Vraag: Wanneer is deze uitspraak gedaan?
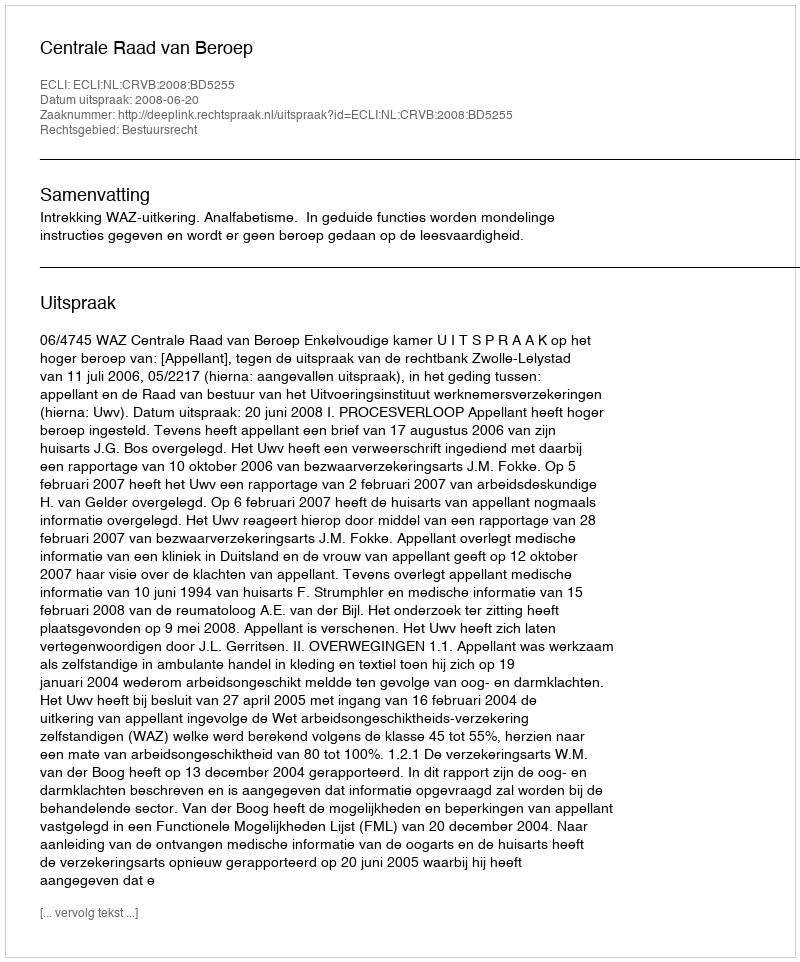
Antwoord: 2008-06-20